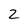
Character: 2